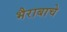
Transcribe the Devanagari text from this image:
भैराबाचे